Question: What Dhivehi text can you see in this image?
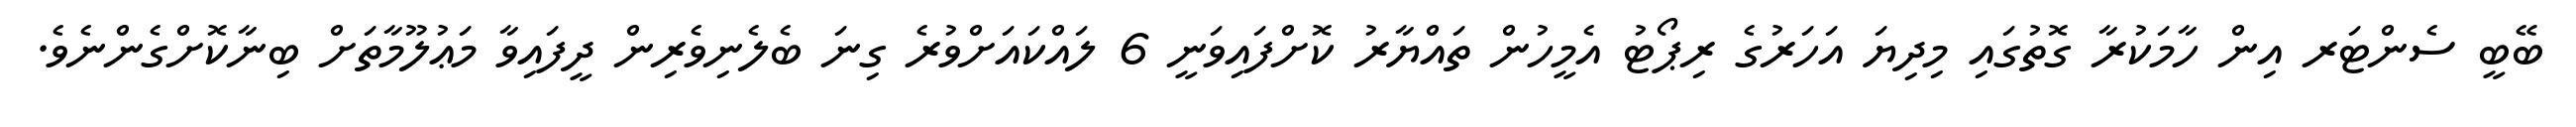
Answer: ބޭބީ ސެންޓަރ އިން ހާމަކުރާ ގޮތުގައި މިދިޔަ އަހަރުގެ ރިޕޯޓު އެމީހުން ތައްޔާރު ކޮށްފައިވަނީ 6 ލައްކައަށްވުރެ ގިނަ ބެލެނިވެރިން ދީފައިވާ މަޢުލޫމާތަށް ބިނާކޮށްގެންނެވެ.